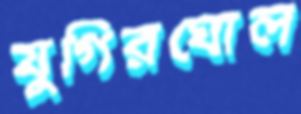
যুগিরঘোল